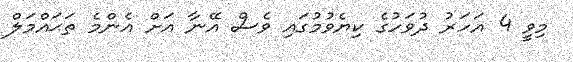
މިވީ 4 އަހަރު ދުވަހުގެ ކިޔެވުމުގައި ވެސް އޭނާ އަށް އެންމެ ތަޙައްމަލް